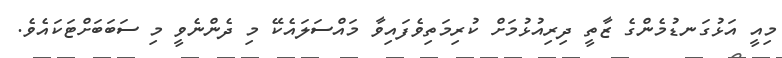
މިއީ އަޅުގަނޑުމެންގެ ޒާތީ ދިރިއުޅުމަށް ކުރިމަތިވެފައިވާ މައްސަލައެކޭ މި ދެންނެވީ މި ސަބަބަށްޓަކައެވެ.